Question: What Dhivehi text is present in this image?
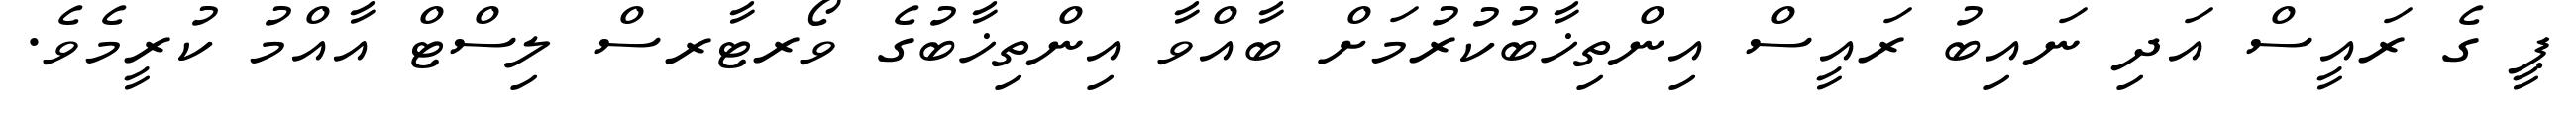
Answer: ޕީ ގެ ރައީސް އަދި ނައިބު ރައީސް އިންތިޚާބުކުރުމަށް ބާއްވާ އިންތިޚާބުގެ ވޯރޓާރސް ލިސްޓް އާއްމު ކުރީމެވެ.